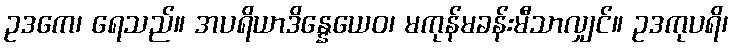
ဥဒကေ၊ ရေသည်။ အပရိယာဒိန္နေယေဝ၊ မကုန်မခန်းမီသာလျှင်။ ဥဒကုပရိ၊